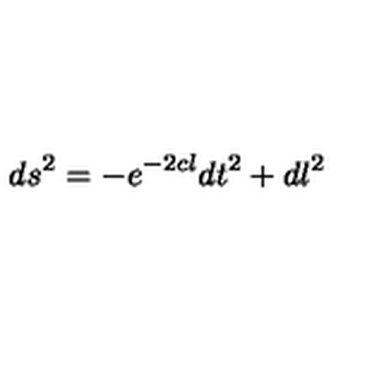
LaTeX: d s ^ { 2 } = - e ^ { - 2 c l } d t ^ { 2 } + d l ^ { 2 }